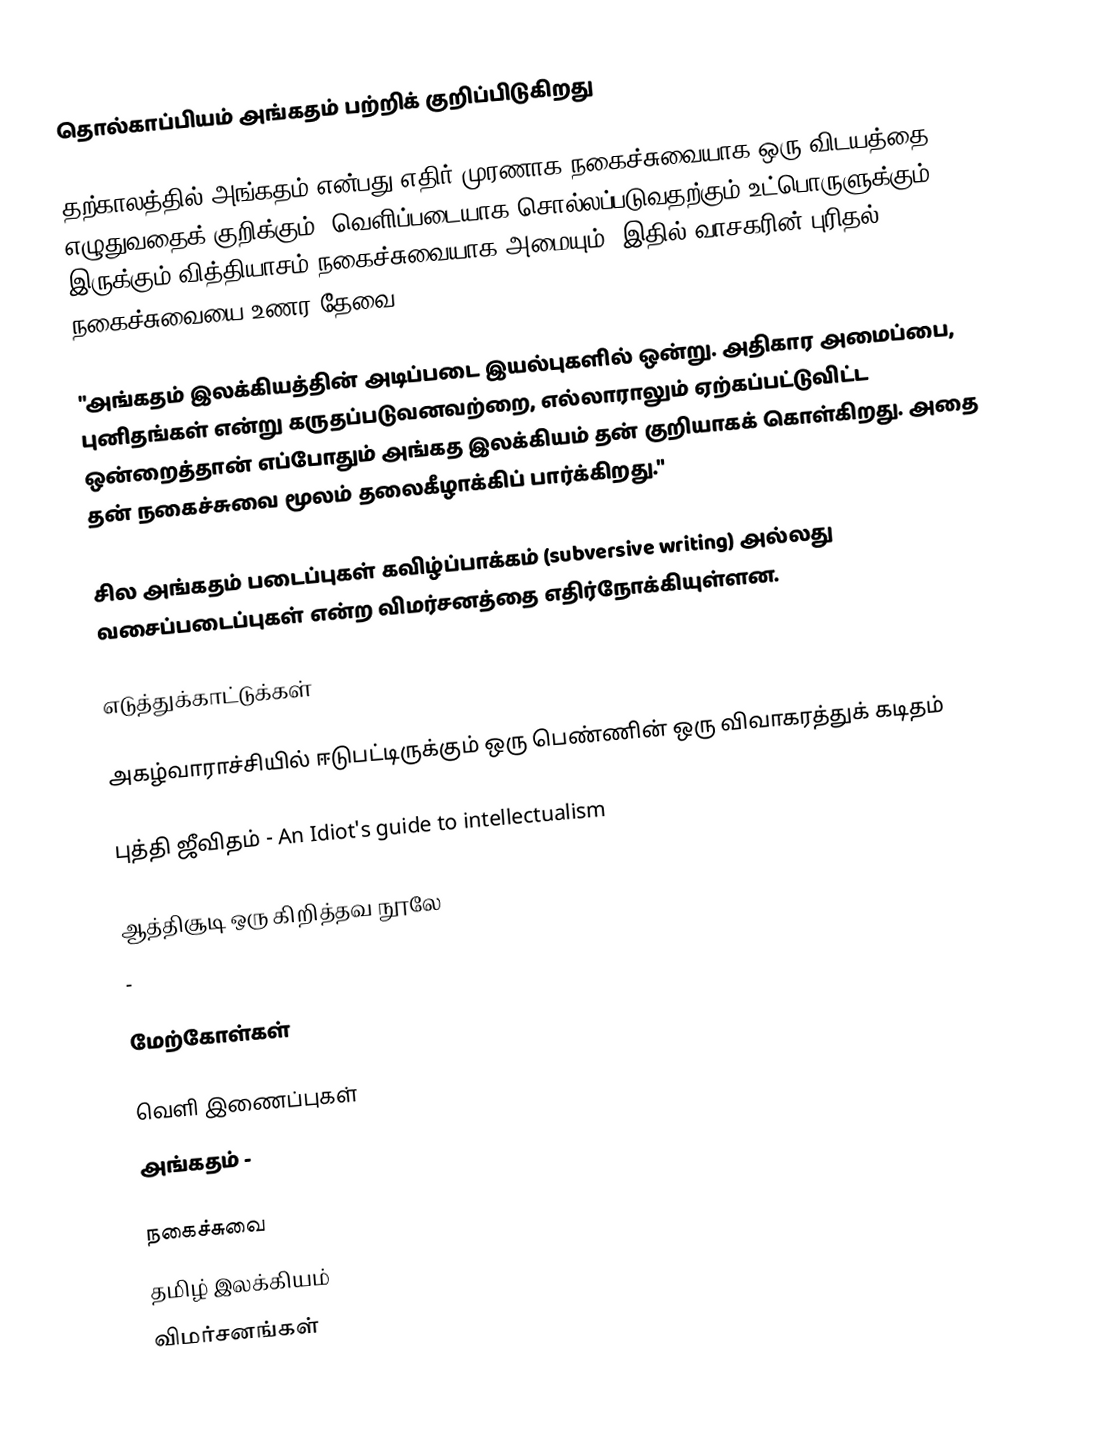
தொல்காப்பியம் அங்கதம் பற்றிக் குறிப்பிடுகிறது

தற்காலத்தில் அங்கதம் என்பது எதிர் முரணாக நகைச்சுவையாக ஒரு விடயத்தை எழுதுவதைக் குறிக்கும். வெளிப்படையாக சொல்லப்படுவதற்கும் உட்பொருளுக்கும் இருக்கும் வித்தியாசம் நகைச்சுவையாக அமையும். இதில் வாசகரின் புரிதல் நகைச்சுவையை உணர தேவை.

"அங்கதம் இலக்கியத்தின் அடிப்படை இயல்புகளில் ஒன்று. அதிகார அமைப்பை, புனிதங்கள் என்று கருதப்படுவனவற்றை, எல்லாராலும் ஏற்கப்பட்டுவிட்ட ஒன்றைத்தான் எப்போதும் அங்கத இலக்கியம் தன் குறியாகக் கொள்கிறது. அதை தன் நகைச்சுவை மூலம் தலைகீழாக்கிப் பார்க்கிறது."

சில அங்கதம் படைப்புகள் கவிழ்ப்பாக்கம் (subversive writing) அல்லது வசைப்படைப்புகள் என்ற விமர்சனத்தை எதிர்நோக்கியுள்ளன.

எடுத்துக்காட்டுக்கள்

அகழ்வாராச்சியில் ஈடுபட்டிருக்கும் ஒரு பெண்ணின் ஒரு விவாகரத்துக் கடிதம்

புத்தி ஜீவிதம் - An Idiot's guide to intellectualism

ஆத்திசூடி ஒரு கிறித்தவ நூலே
 -

மேற்கோள்கள்

வெளி இணைப்புகள்
 அங்கதம்  -

நகைச்சுவை
தமிழ் இலக்கியம்
விமர்சனங்கள்